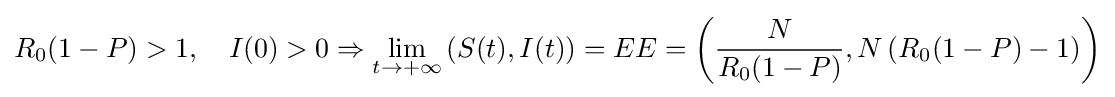
R_{0}(1-P)>1,\quad I(0)>0\Rightarrow \lim _{t\to +\infty }\left(S(t),I(t)\right)=EE=\left({\frac {N}{R_{0}(1-P)}},N\left(R_{0}(1-P)-1\right)\right)